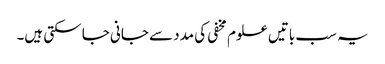
یہ سب باتیں علوم مخفی کی مدد سے جانی جا سکتی ہیں۔